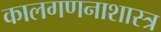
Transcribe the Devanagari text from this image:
कालगणनाशास्त्र